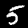
Digit: 5